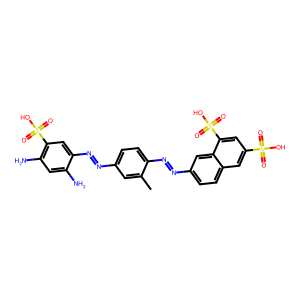
SMILES: Cc1cc(N=Nc2cc(S(=O)(=O)O)c(N)cc2N)ccc1N=Nc1ccc2cc(S(=O)(=O)O)cc(S(=O)(=O)O)c2c1
Inhibits HIV replication: No